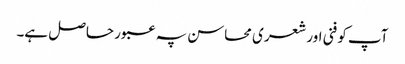
آپ کو فنی اور شعری محاسن پہ عبور حاصل ہے۔